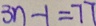
3 n - 1 = 7 7